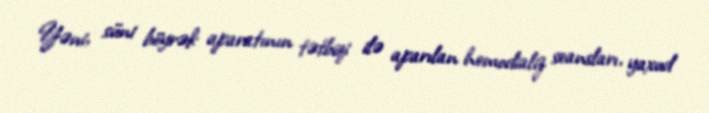
Yəni, süni böyrək aparatının tətbiqi ilə aparılan hemodializ seansları, yaxud